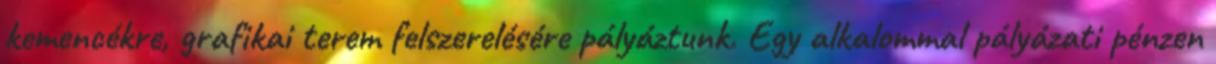
kemencékre, grafikai terem felszerelésére pályáztunk. Egy alkalommal pályázati pénzen